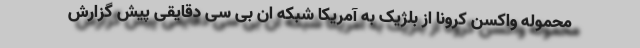
محموله واکسن کرونا از بلژیک به آمریکا شبکه ان بی سی دقایقی پیش گزارش